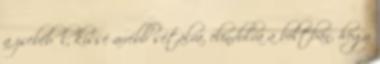
a zsebéből, kissé arrébb sétálva, elindulva a boltban, hogy